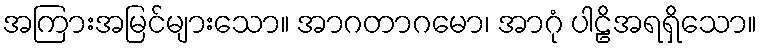
အကြားအမြင်များသော။ အာဂတာဂမော၊ အာဂုံ ပါဠိအရရှိသော။